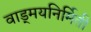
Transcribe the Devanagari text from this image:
वाड्मयनिर्मिती